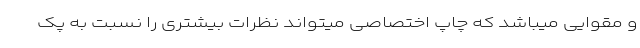
و مقوایی میباشد که چاپ اختصاصی میتواند نظرات بیشتری را نسبت به پک